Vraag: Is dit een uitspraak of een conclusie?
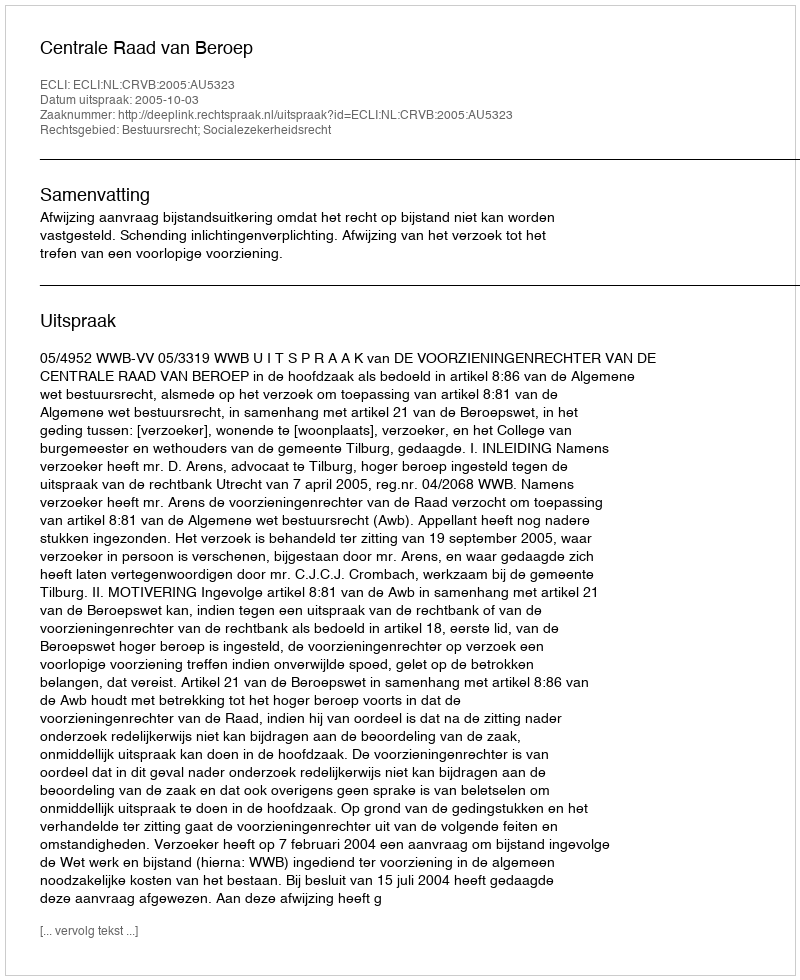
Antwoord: Uitspraak